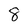
Character: 8